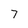
Character: 7